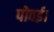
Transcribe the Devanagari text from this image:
पोवई।